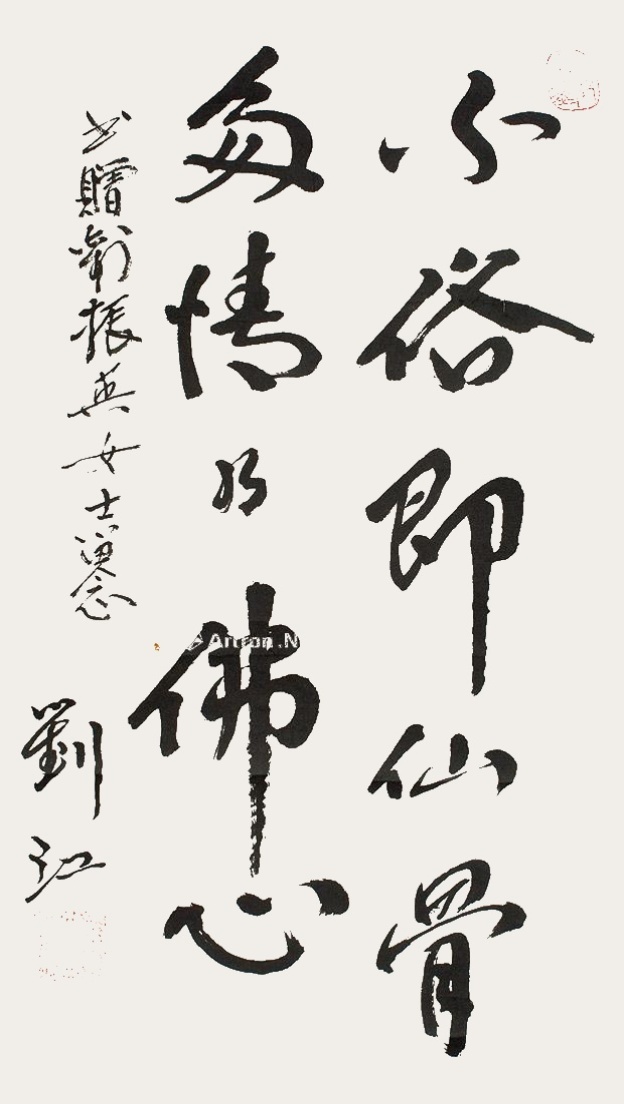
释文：不俗即仙骨，多情乃佛心。书赠谢振英女士留念刘江。